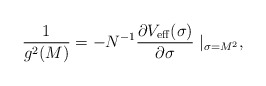
\begin{align*}{1 \over g^2(M)}= -N^{-1} {\partial V_{\rm eff}(\sigma) \over \partial \sigma}\mid _{\sigma =M^2}, \end{align*}